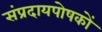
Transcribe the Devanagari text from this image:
संप्रदायपोषकों